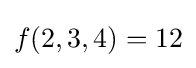
f(2,3,4)=12